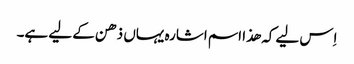
اِس لیے کہ ھذا اسم اشارہ یہاں ذھن کے لیے ہے۔